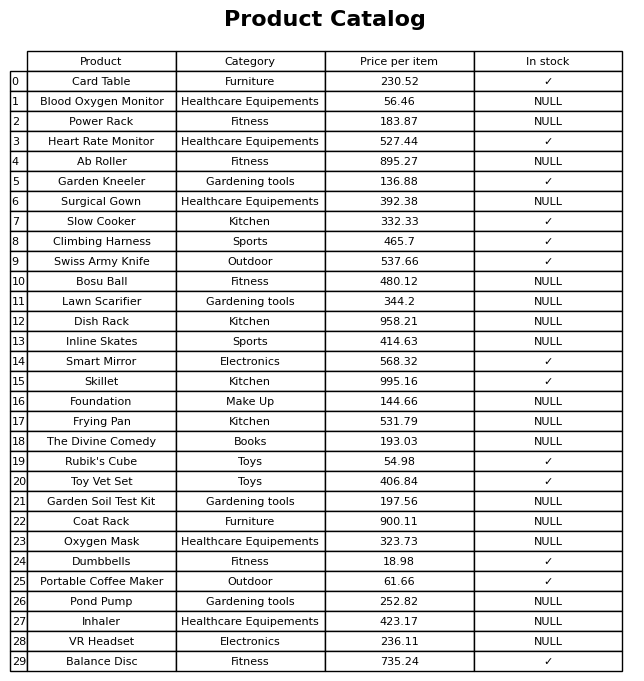
question: What is the price for Toy Vet Set?
answer: The price of Toy Vet Set is 406.84.